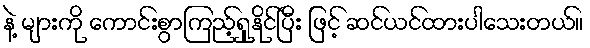
နဲ့ များကို ကောင်းစွာကြည့်ရှုနိုင်ပြီး ဖြင့် ဆင်ယင်ထားပါသေးတယ်။